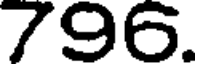
796.